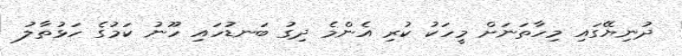
ދުނިޔޭގައި މިހާތަނަށް މީހަކު ކުރި އެންމެ ދިގު ބަނޑުހައި ހޫނު ކަމުގެ ހަޅުތާލު